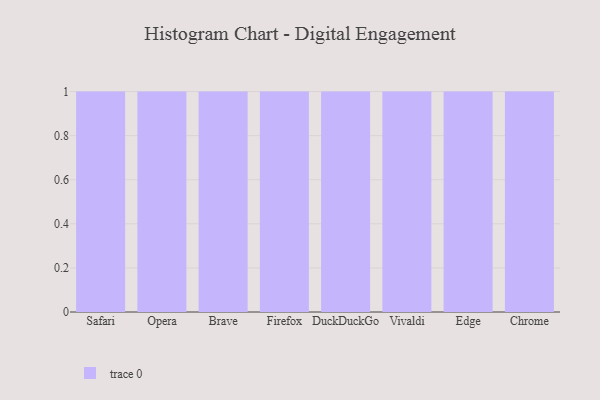
{"axis": {"x": "Browser", "y": "Inventory Turnover"}, "legend": [""], "data": [{"x": "Safari", "y": 39, "type": ""}, {"x": "Opera", "y": 57, "type": ""}, {"x": "Brave", "y": 60, "type": ""}, {"x": "Firefox", "y": 94, "type": ""}, {"x": "DuckDuckGo", "y": 43, "type": ""}, {"x": "Vivaldi", "y": 40, "type": ""}, {"x": "Edge", "y": 28, "type": ""}, {"x": "Chrome", "y": 2, "type": ""}]}